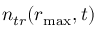
n _ { t r } ( r _ { \operatorname* { m a x } } , t )